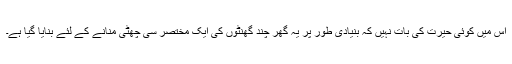
اس میں کوئی حیرت کی بات نہیں کہ بنیادی طور پر یہ گھر چند گھنٹوں کی ایک مختصر سی چھٹی منانے کے لئے بنایا گیا ہے۔